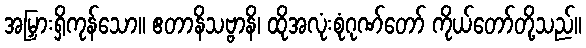
အမြှားရှိကုန်သော။ ဧတာနိသဗ္ဗာနိ၊ ထိုအလုံးစုံဂုဏ်တော် ကိုယ်တော်တို့သည်။